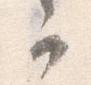
可